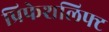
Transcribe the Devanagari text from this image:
प्रिफेशलिफ्ट